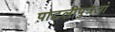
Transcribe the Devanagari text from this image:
पाटलीपुत्रला